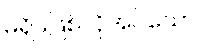
မရှိမဖြစ်လိုအပ်သော